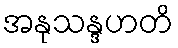
အနုသန္ဒဟတိ